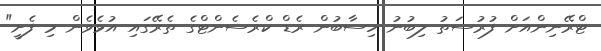
ޓްރޭނިންއަށް ފުރުސަތު ލިބުނު ހިސާބުން ރެޑް ކްރެސެންޓްގެ ތެރޭގައި އުޅެވެން މި ފެށީ"